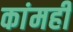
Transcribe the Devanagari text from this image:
कांमही